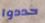
حددوا